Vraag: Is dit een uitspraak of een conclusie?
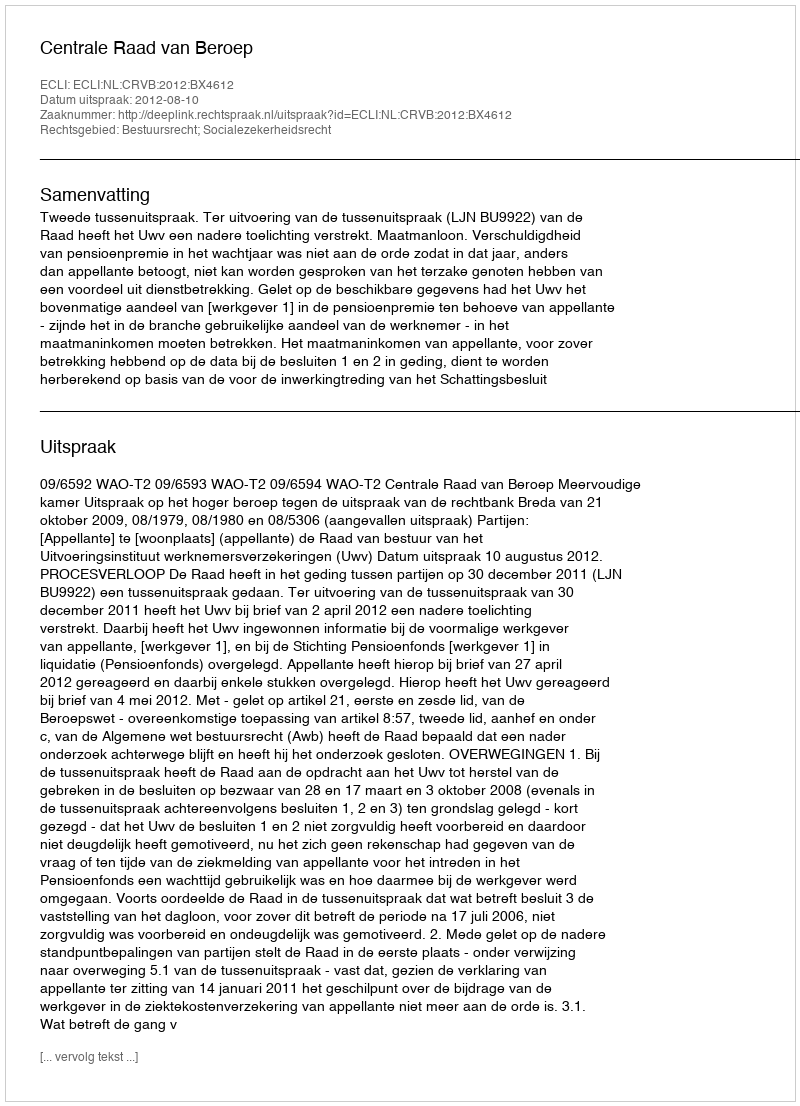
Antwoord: Uitspraak